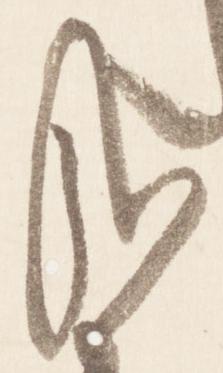
哉